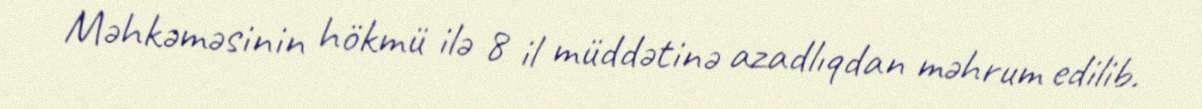
Məhkəməsinin hökmü ilə 8 il müddətinə azadlıqdan məhrum edilib.